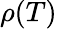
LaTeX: \rho(T)